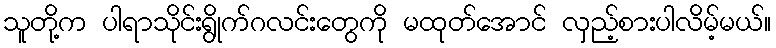
သူတို့က ပါရာသိုင်းရွိုက်ဂလင်းတွေကို မထုတ်အောင် လှည့်စားပါလိမ့်မယ်။